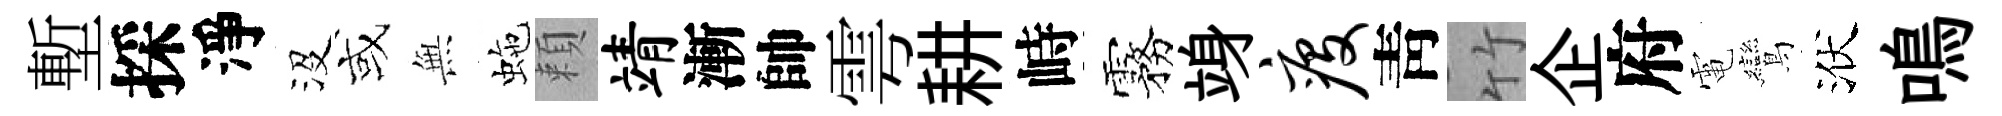
塹採淨沒或𭴾虵頼靖漸帥雩耕峙霧竧疫靑竹企府電鸞洑鳴